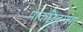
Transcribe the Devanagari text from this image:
पादछिद्रगण